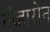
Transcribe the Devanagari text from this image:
नॅव्हारोन